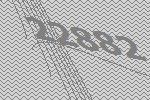
22882